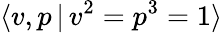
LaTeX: \langle v,p\, |\, v^{2}=p^{3}=1\rangle